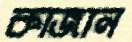
কাজান